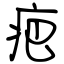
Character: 疤